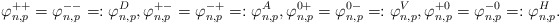
\begin{align*}\varphi^{++}_{n,p} = \varphi^{--}_{n,p} =: \varphi^{D}_{n,p}, \varphi^{+-}_{n,p} = \varphi^{-+}_{n,p} =: \varphi^{A}_{n,p}, \varphi^{0+}_{n,p} = \varphi^{0-}_{n,p} =: \varphi^{V}_{n,p}, \varphi^{+0}_{n,p} = \varphi^{-0}_{n,p} =: \varphi^{H}_{n,p}.\end{align*}